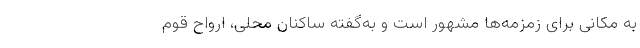
به مکانی برای زمزمه‌ها مشهور است و به‌گفته ساکنان محلی، ارواح قوم